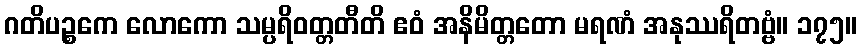
ဂတိပဉ္စကေ လောကော သမ္ပရိဝတ္တတီတိ ဧဝံ အနိမိတ္တတော မရဏံ အနုဿရိတဗ္ဗံ။ ၁၇၅။